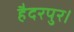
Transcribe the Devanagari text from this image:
हैदरपुर।